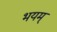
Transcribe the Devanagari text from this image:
भयम्